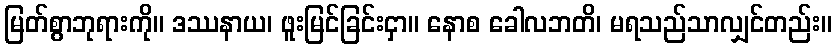
မြတ်စွာဘုရားကို။ ဒဿနာယ၊ ဖူးမြင်ခြင်းငှာ။ နောစ ခေါလဘတိ၊ မရသည်သာလျှင်တည်း။